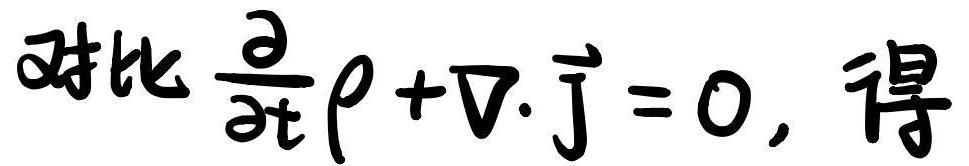
对比 $\frac{\partial}{\partial t} \rho + \nabla \cdot \vec{j} = 0$, 得